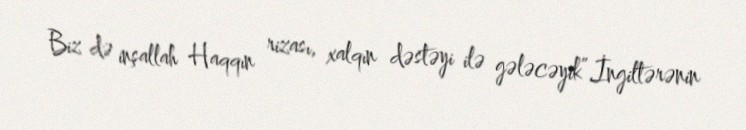
Biz də inşallah Haqqın rizası, xalqın dəstəyi ilə gələcəyik”.İngiltərənin